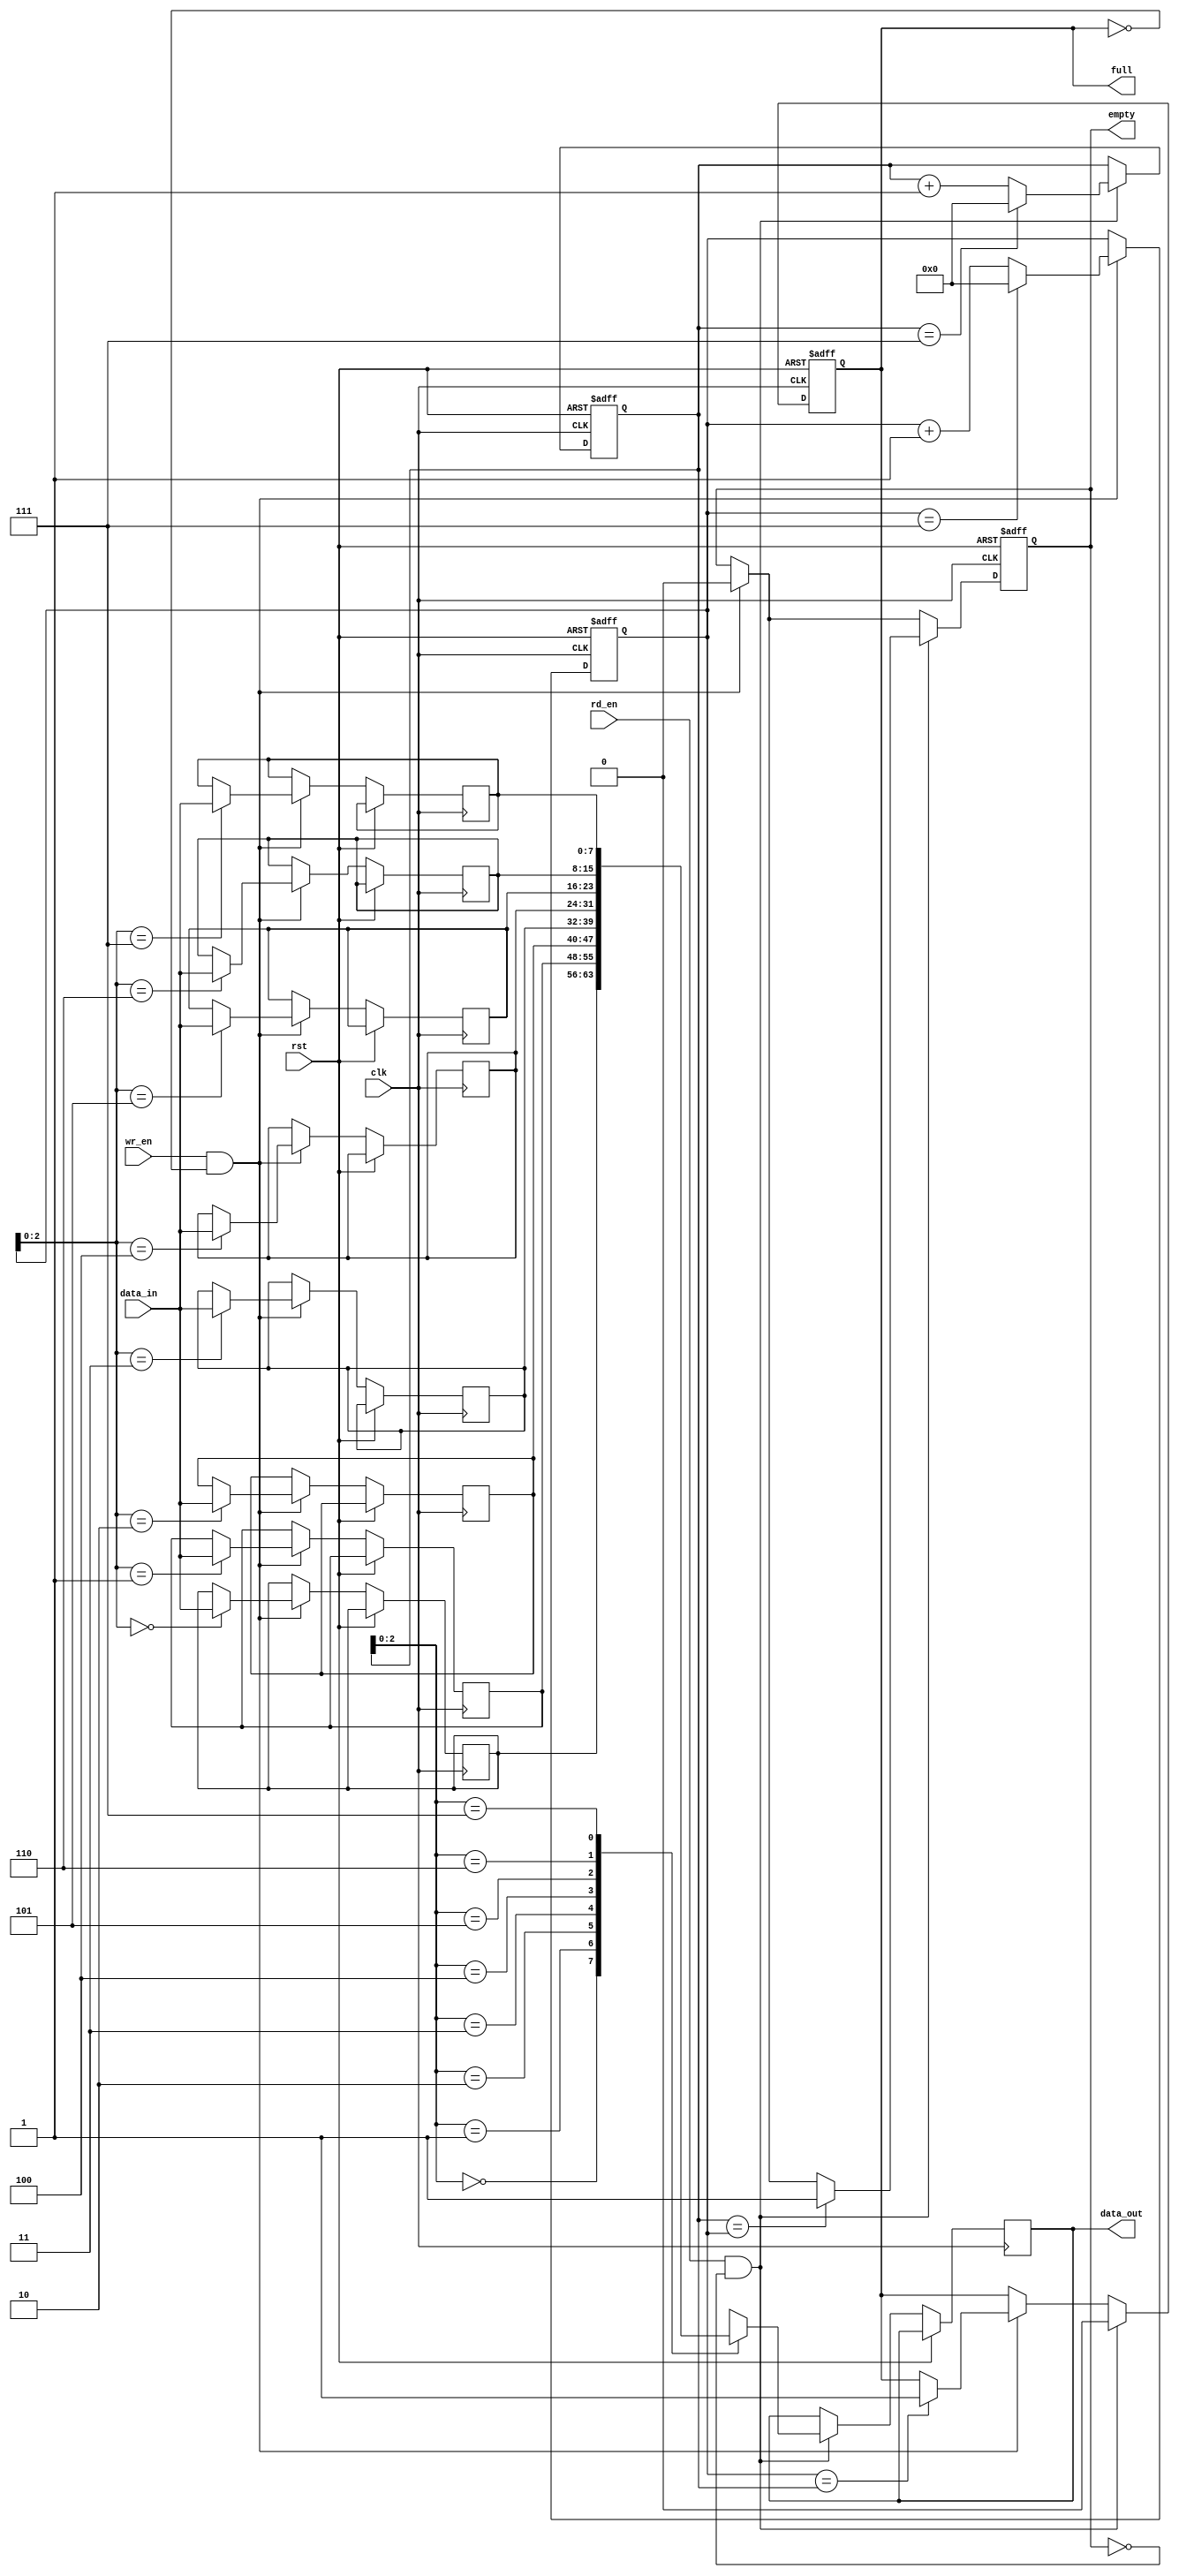
module Bidirectional_FIFO(
input wire clk,
input wire rst,
input wire wr_en,
input wire rd_en,
input wire [7:0] data_in,
output reg [7:0] data_out,
output reg full,
output reg empty
);

parameter FIFO_DEPTH = 8;
reg [7:0] fifo [0:FIFO_DEPTH-1];
reg [3:0] wr_ptr;
reg [3:0] rd_ptr;

always @ (posedge clk or posedge rst) begin
    if (rst) begin
        wr_ptr <= 4'h0;
        rd_ptr <= 4'h0;
        full <= 1'b0;
        empty <= 1'b1;
    end else begin
        if (wr_en && !full) begin
            fifo[wr_ptr] <= data_in;
            wr_ptr <= (wr_ptr == FIFO_DEPTH-1) ? 4'h0 : wr_ptr + 1;
            empty <= 1'b0;
            if (wr_ptr == rd_ptr) begin
                full <= 1'b1;
            end
        end
        if (rd_en && !empty) begin
            data_out <= fifo[rd_ptr];
            rd_ptr <= (rd_ptr == FIFO_DEPTH-1) ? 4'h0 : rd_ptr + 1;
            full <= 1'b0;
            if (rd_ptr == wr_ptr) begin
                empty <= 1'b1;
            end
        end
    end
end

endmodule